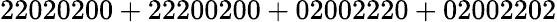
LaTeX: \mathrm{22020200+22200200+02002220+02002202}